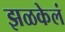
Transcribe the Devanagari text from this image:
झळकेलं